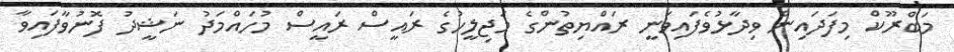
މަބްރޫކް މިފަދައިން ވިދާޅުވެފައިވަނީ ރައްޔިތުންގެ މަޖިލީހުގެ ރައީސް ރައީސް މުހައްމަދު ނަޝީދު ފޮނުވާފައިވާ